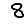
Digit: 8